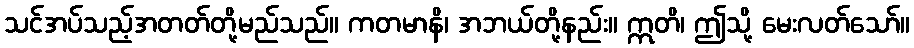
သင်အပ်သည့်အတတ်တို့မည်သည်။ ကတမာနိ၊ အဘယ်တို့နည်း။ ဣတိ၊ ဤသို့ မေးလတ်သော်။